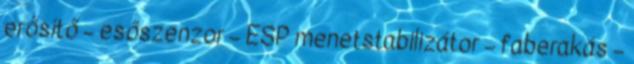
erősítő – esőszenzor – ESP menetstabilizátor – faberakás –